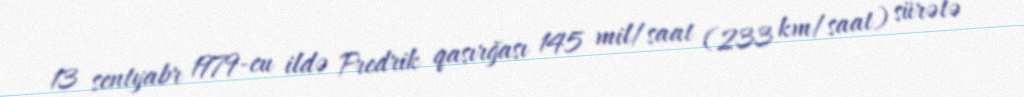
13 sentyabr 1979-cu ildə Fredrik qasırğası 145 mil/saat (233 km/saat) sürətə